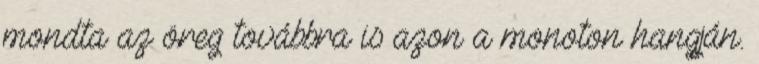
mondta az öreg továbbra is azon a monoton hangján.